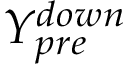
Y _ { p r e } ^ { d o w n }